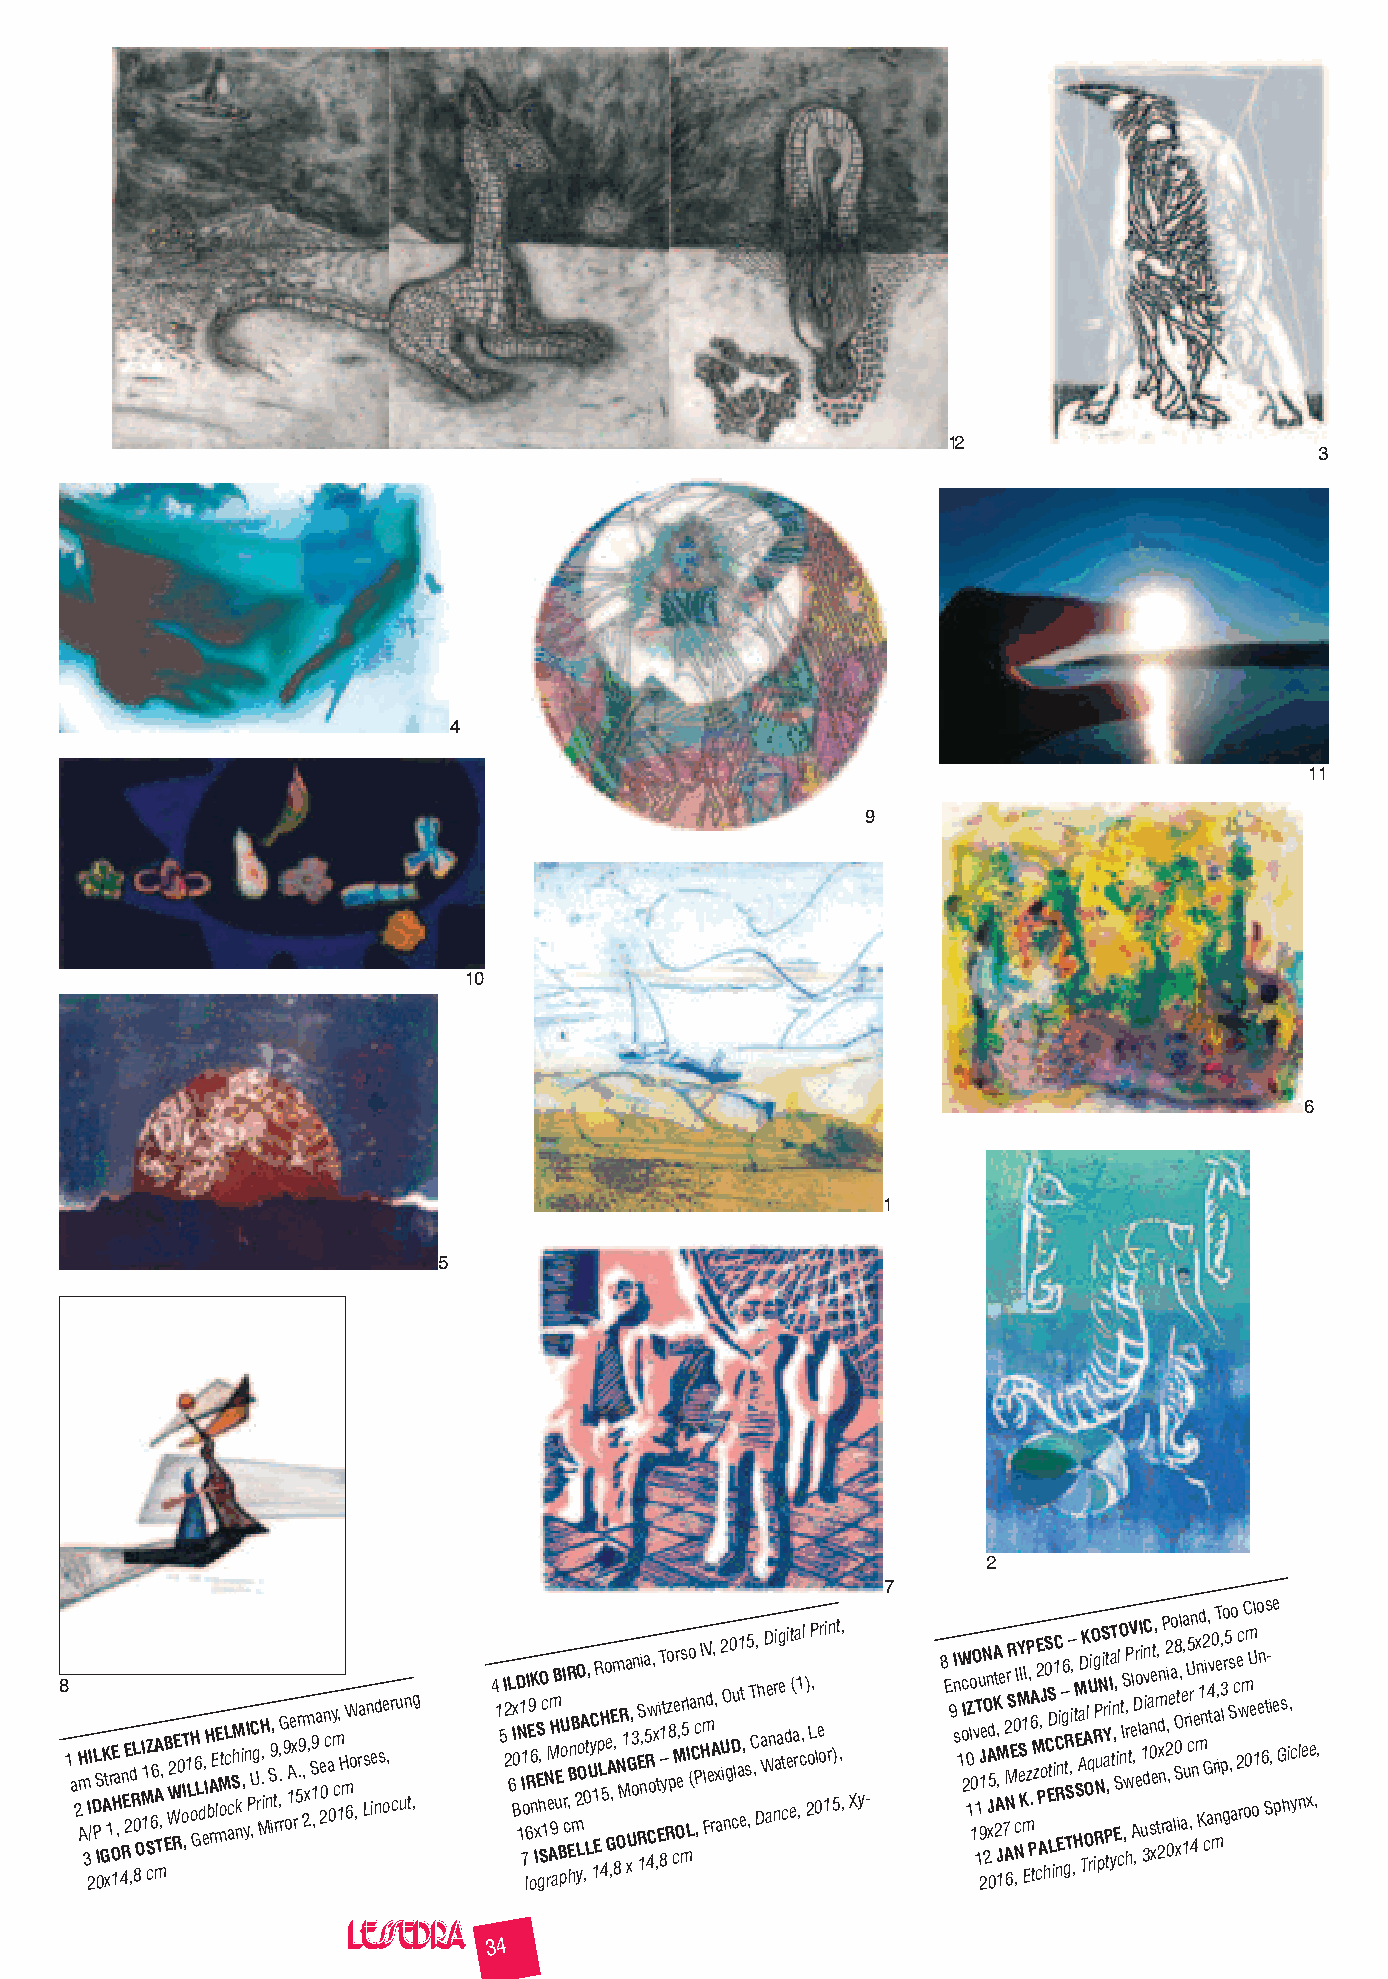
12
 3
 4
 11
 9
 10
 6
 1
 5
 2
 7
 8 1 a 2 mH
 A
 3
 I 2/I D PL S
 I
 0GK A t x1r OE 1Ha
 ,
 4n REE
 2
 ,d R L
 0
 8O
 MI
 1
 1Z
 S
 c66 AA mT,, EB WW2 RE 0 oT I ,1 L oH G6 L d e, IH b A rE mE lM otL c acSM h nki , yn I P ,UC g r MH ., i n S9, it
 r
 . ,,G
 r
 9 oA 1e x r5.r 9 ,m 2x , S ,19a e 20 n c a 0 y m c , 1H m W 6o ,ra s Ln e id nse o, r cu un t,g 4 1 5I 22L 6 I B0xD
 1
 N1 I 71 o l6I RE9
 o
 6K n IxES gh, SO c
 1
 N reM
 A
 m 9H aB uE
 B
 poUI r
 c
 ,R
 E
 hBn B m2 yLO o OA ,0 Lt, UyC 11 ER p LH 45 o e GA ,,Em 8, N
 O
 MR 1a xG U, 3 on E RS 1n,ia 5 R 4w Co, x
 ,
 t Ei 8T 1 – yt Rzo p 8 ce Mr Oe,s mr 5 l LIo (a C P ,c n I Hm FlV d e rA, , x
 a
 2 U iO ng0 cDu la1 et , s ,5 T C , D, h a WD ae n nr ai ag e ctd e i et ( a ra 1 ,c, l ) 2oLP , 0 le or 1i rn 5)t , ,, Xy- 8 E 9 nI s 1 W oc I 2 10Z lo 10O v 11 Tu
 9
 2J 1eN O
 2
 n A xJd 05 A K 2t A, M
 J
 1,e
 7
 2 AN 6MrR S E 0
 N
 ,c
 IY M eS KI 1
 m
 EI zP , P.A 6
 t
 M z c2E P A, oJ h0S C ES LD t ii1C C nR En i– g6
 g
 R t TS– ,i ,
 ,H
 tM E S AaD TK A OOl qU ri O Rg iRP Nu pNS i Yr a P,t tiI a yT tn ,, ESi cl O nt IS ,w, hrP t V e Al , ,D er o lI i u1a 3dvC n ia sn 0e xet, m, td 2n x n rP 2 2,
 a
 0i ,e a o l8 0O S xt i,l ae
 1
 a , urU5 c ,r in 4n e mx n Kd 1 n2 G ci a, 4v t 0 mra nT e , i, 3 l po gr5 s ,S o a ce 2c w r m oC 0m U e o1lo en 6 Ss t- i ,e e pG s hi, yc nle xe ,,
 34